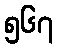
၅၆၇